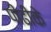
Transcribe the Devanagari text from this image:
पीढीके